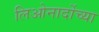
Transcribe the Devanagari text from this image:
लिओनार्दोच्या